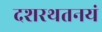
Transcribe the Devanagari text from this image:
दशरथतनयं